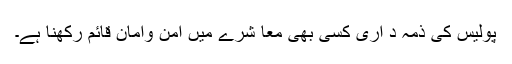
پولیس کی ذمہ د اری کسی بھی معا شرے میں امن وامان قائم رکھنا ہے۔